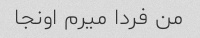
من فردا میرم اونجا